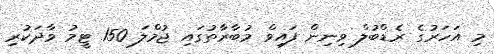
މި އަހަރުގެ ރެޑްބުލް ވިނިން ފައިވް މުބާރާތުގައި ޖުމްލަ 150 ޓީމު ވާދަކުރި